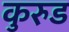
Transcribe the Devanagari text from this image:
कुरुड